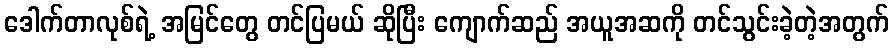
ဒေါက်တာလုစ်ရဲ့ အမြင်တွေ တင်ပြမယ် ဆိုပြီး ကျောက်ဆည် အယူအဆကို တင်သွင်းခဲ့တဲ့အတွက်